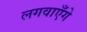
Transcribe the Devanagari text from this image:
लगवाएँगे